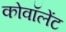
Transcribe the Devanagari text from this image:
कोवॉलेंट